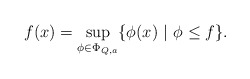
\begin{align*}f(x) = \sup_{\phi \in \Phi_{Q,a}} \{ \phi (x) \ | \ \phi \leq f \}.\end{align*}